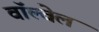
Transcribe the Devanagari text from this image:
वॉल्वेल